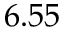
6 . 5 5